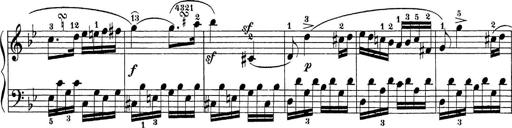
Title: Sonatina Album
Composer: Louis KÃ¶hler